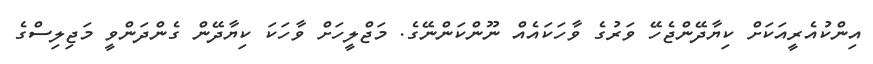
އިންކުއެރީއަކަށް ކިޔާދޭންޖެހޭ ވަރުގެ ވާހަކައެއް ނޫންކަންނޭގެ. މަޖްލީހަށް ވާހަކަ ކިޔާދޭން ގެންދަންވީ މަޖިލިސްގެ